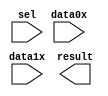
module counter_bus_mux (
	data0x,
	data1x,
	sel,
	result);

	input	[3:0]  data0x;
	input	[3:0]  data1x;
	input	  sel;
	output	[3:0]  result;

endmodule